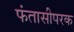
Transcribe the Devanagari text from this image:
फंतासीपरक